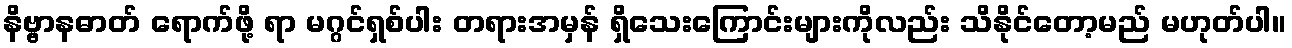
နိဗ္ဗာနဓာတ် ရောက်ဖို့ ရာ မဂ္ဂင်ရှစ်ပါး တရားအမှန် ရှိသေးကြောင်းများကိုလည်း သိနိုင်တော့မည် မဟုတ်ပါ။